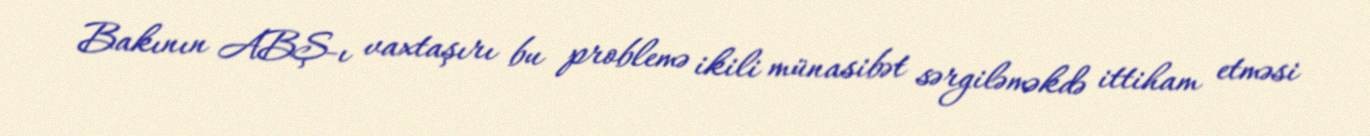
Bakının ABŞ-ı vaxtaşırı bu problemə ikili münasibət sərgiləməkdə ittiham etməsi